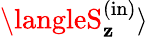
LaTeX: {\langleS_{\mathbf{z}}^{\mathrm{{(\mathrm{{in}})}}}\rangle}